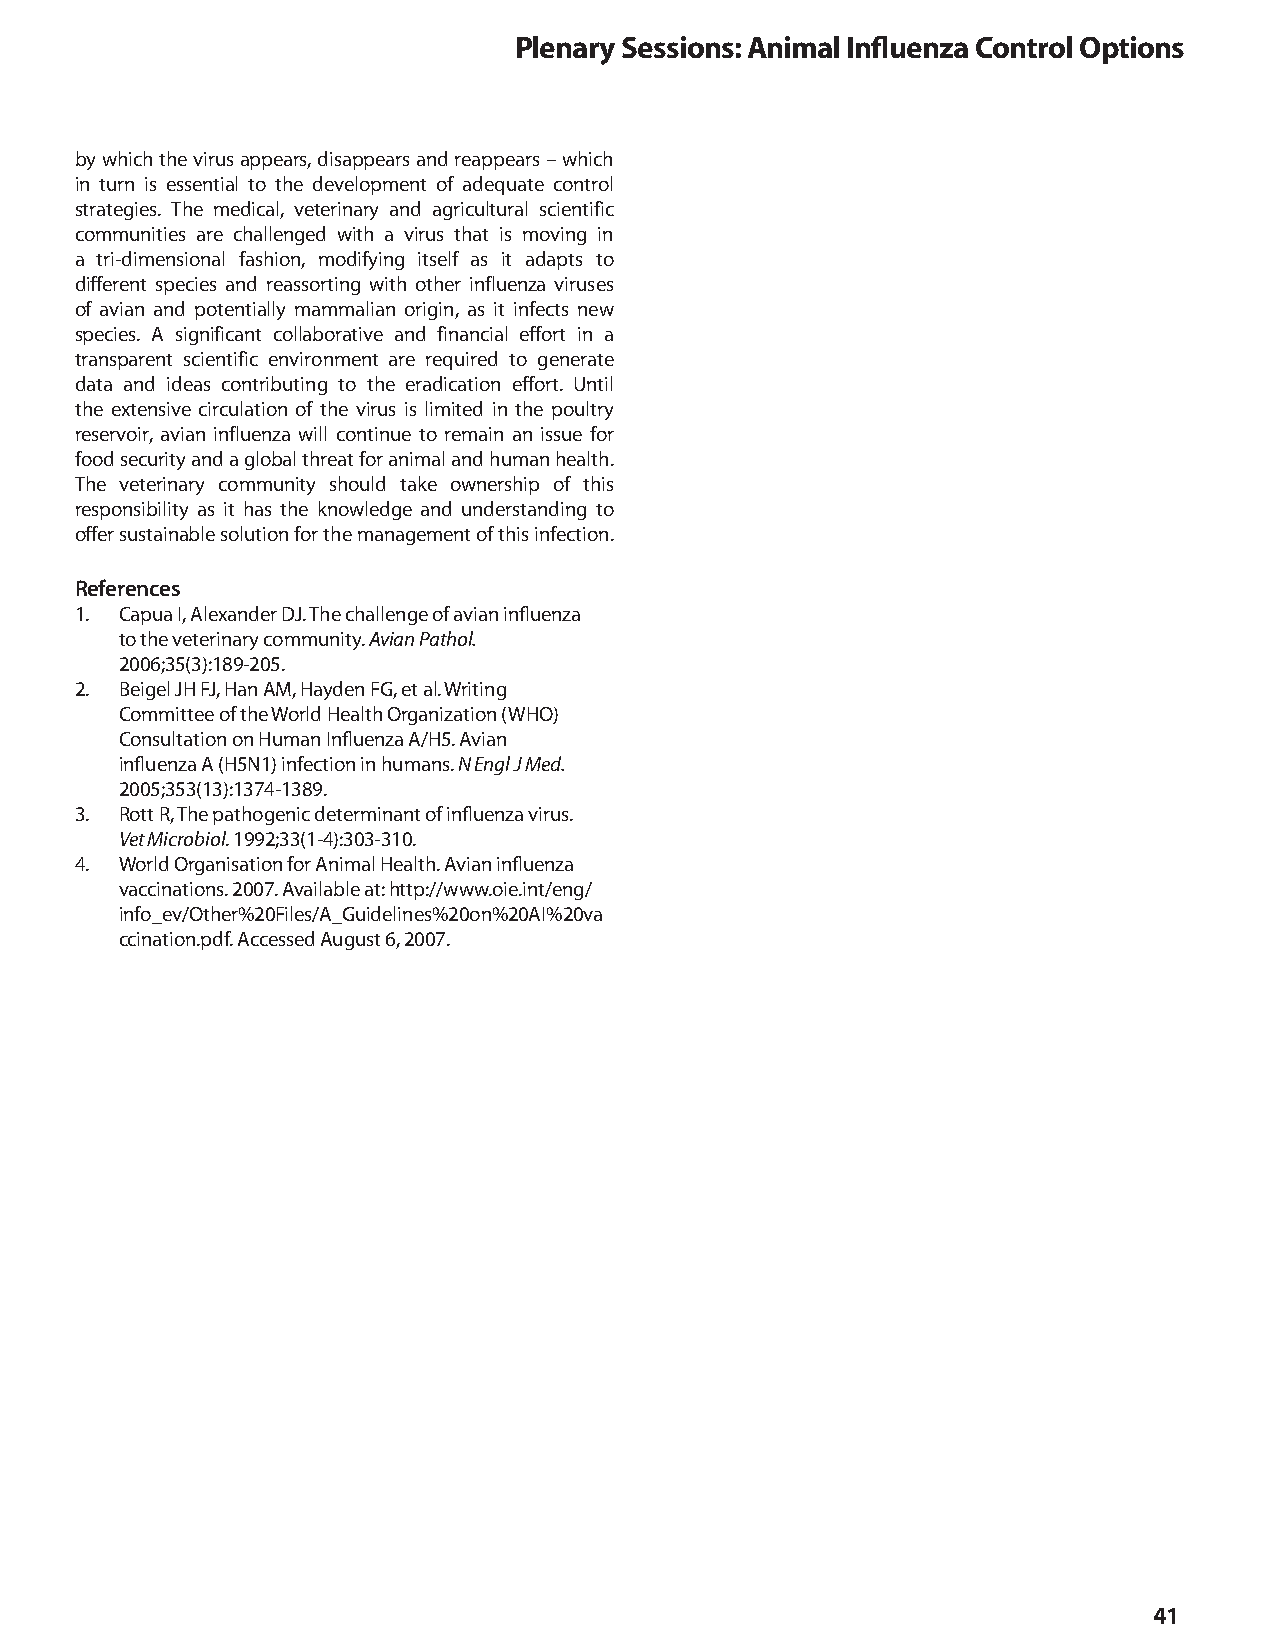
Plenary Sessions: Animal Influenza Control options
 by which the virus appears, disappears and reappears – which
 in turn is essential to the development of adequate control
 strategies. The medical, veterinary and agricultural scientific
 communities are challenged with a virus that is moving in
 a tri-dimensional fashion, modifying itself as it adapts to
 different species and reassorting with other influenza viruses
 of avian and potentially mammalian origin, as it infects new
 species. A significant collaborative and financial effort in a
 transparent scientific environment are required to generate
 data and ideas contributing to the eradication effort. Until
 the extensive circulation of the virus is limited in the poultry
 reservoir, avian influenza will continue to remain an issue for
 food security and a global threat for animal and human health.
 The veterinary community should take ownership of this
 responsibility as it has the knowledge and understanding to
 offer sustainable solution for the management of this infection.
 References
 1. Capua I, Alexander DJ. The challenge of avian influenza
 to the veterinary community. Avian Pathol.
 2006;35(3):189-205.
 2. Beigel JH FJ, Han AM, Hayden FG, et al. Writing
 Committee of the World Health Organization (WHO)
 Consultation on Human Influenza A/H5. Avian
 influenza A (H5N1) infection in humans. N Engl J Med.
 2005;353(13):1374-1389.
 3. Rott R, The pathogenic determinant of influenza virus.
 Vet Microbiol. 1992;33(1-4):303-310.
 4. World Organisation for Animal Health. Avian influenza
 vaccinations. 2007. Available at: http://www.oie.int/eng/
 info_ev/Other%20Files/A_Guidelines%20on%20AI%20va
 ccination.pdf. Accessed August 6, 2007.
 41